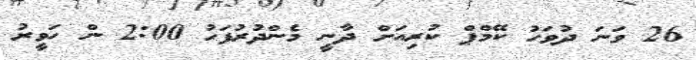
26 ވަނަ ދުވަހު ކޭމްޕް ކުރިއަށް ދާނީ މެންދުރުފަހު 2:00 ން ހަވީރު